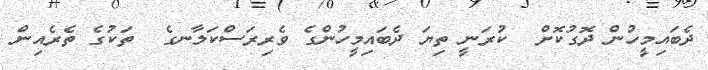
ދެބައިމީހުން ދޮގުކޮށް  ކުރަނީ ތިޔަ ދެބައިމީހުންގެ ވެރިރަސްކަލާނގެ  ތަކުގެ ތެރެއިން